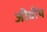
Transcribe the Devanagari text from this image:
जीवीय